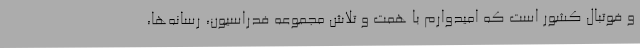
و فوتبال کشور است که امیدوارم با همت و تلاش مجموعه فدراسیون، رسانه‌ها،